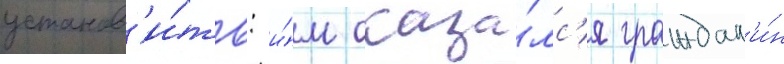
установ'и́ть: и́м оказа́лс'я граждан'и́н